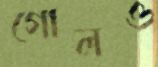
গোলও